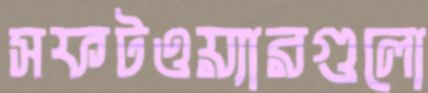
সফটওয়্যারগুলো